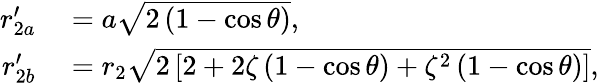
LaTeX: \begin{array}{rl}{r_{2a}^{\prime}}&{{}=a\sqrt{2\left(1-\cos\theta\right)},}\\ {r_{2b}^{\prime}}&{{}=r_{2}\sqrt{2\left[2+2\zeta\left(1-\cos\theta\right)+\zeta^{2}\left(1-\cos\theta\right)\right]},}\end{array}